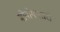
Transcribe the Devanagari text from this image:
मोनोगातारी